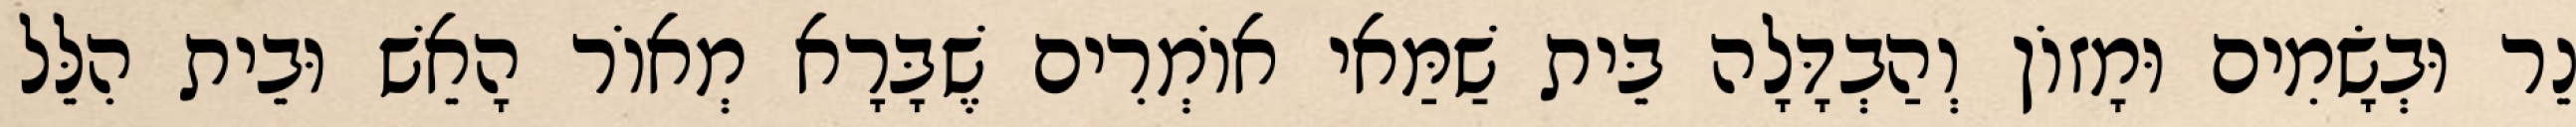
נֵר וּבְשָׂמִים וּמָזוֹן וְהַבְדָּלָה בֵּית שַׁמַּאי אוֹמְרִים שֶׁבָּרָא מְאוֹר הָאֵשׁ וּבֵית הִלֵּל